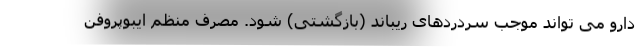
دارو می تواند موجب سردردهای ریباند (بازگشتی) شود. مصرف منظم ایبوپروفن